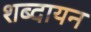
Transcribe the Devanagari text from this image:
शब्दायन